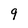
Character: 9